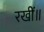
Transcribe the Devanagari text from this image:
रखीं॥